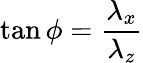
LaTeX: \tan\phi=\frac{\lambda_{x}}{\lambda_{z}}